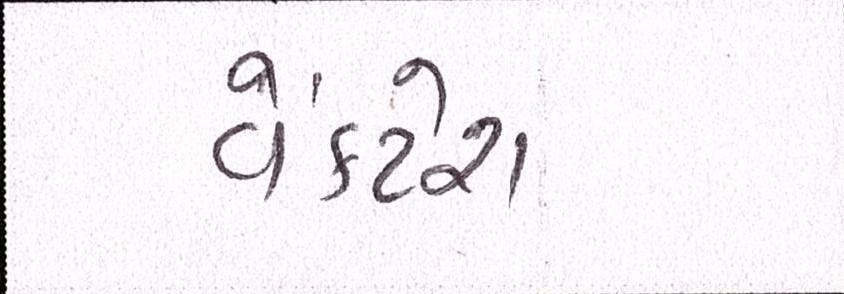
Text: વેંકટેશ